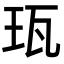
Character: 珁